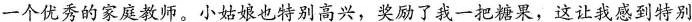
一个优秀的家庭教师。小姑娘也特别高兴，奖励了我一把糖果，这让我感到特别